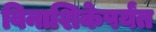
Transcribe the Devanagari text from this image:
विनाशिकेपर्यंत